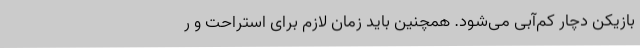
بازیکن دچار کم‌آبی می‌شود. همچنین باید زمان لازم برای استراحت و ر